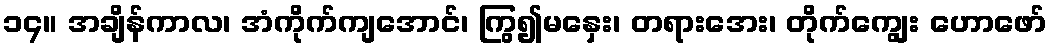
၁၄။ အချိန်ကာလ၊ အံကိုက်ကျအောင်၊ ကြွ၍မနှေး၊ တရားအေး၊ တိုက်ကျွေး ဟောဖော်